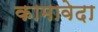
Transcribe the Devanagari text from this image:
कामावेदा